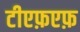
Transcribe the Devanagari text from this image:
टीएफ़एफ़